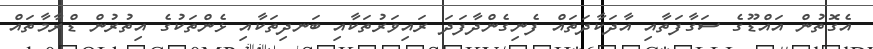
އެގޮތުން އައްޑޫގެ ސަގާފަތާއި އާދަކާދަތައް ފެނިގެންދާފަދަ ރައިވަރުތަކާއި ބަނދިތަކާއި ޅެންތަކުގެ އިތުރުން ޑްރާމާތައް